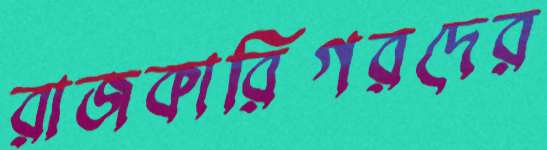
রাজকারিগরদের